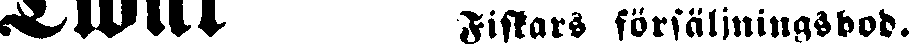
Fiskars försäljningsbod.